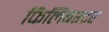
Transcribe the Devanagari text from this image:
फिलिबस्टर